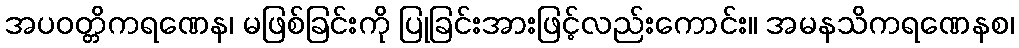
အပဝတ္တိကရဏေန၊ မဖြစ်ခြင်းကို ပြုခြင်းအားဖြင့်လည်းကောင်း။ အမနသိကရဏေနစ၊